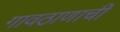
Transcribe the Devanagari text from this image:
गावठाणाची